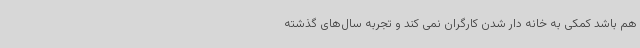
هم باشد کمکی به خانه دار شدن کارگران نمی کند و تجربه سال‌های گذشته